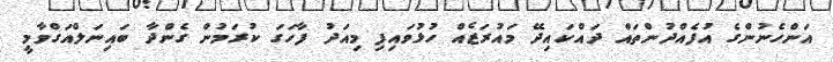
އަންހެނުންގެ އުފެއްދުންތައް ދައްކައިދޭ މައުރަޒެއް ހުޅުވައިފި މިއަދު ފާހަގަ ކުރަމުން ގެންދާ ބައިނަލްއަގްވާމީ